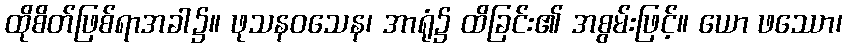
ထိုစိတ်ဖြစ်ရာအခါ၌။ ဖုသနဝသေန၊ အာရုံ၌ ထိခြင်း၏ အစွမ်းဖြင့်။ ယော ဖဿော၊